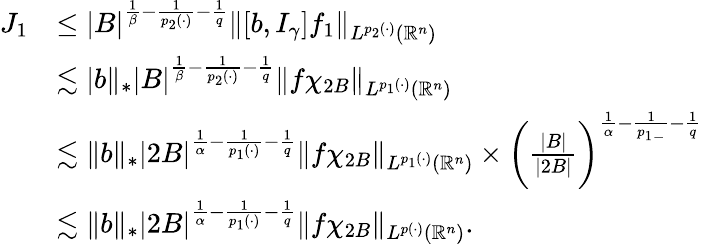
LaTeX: \begin{array}{rl}{J_{1}}&{\leq|B|^{\frac{1}{\beta}-\frac{1}{p_{2}(\cdot)}-\frac{1}{q}}\| [b,I_{\gamma}]f_{1}\| _{L^{p_{2}(\cdot)}(\mathbb{R}^{n})}}\\ &{\lesssim|b\| _{*}|B|^{\frac{1}{\beta}-\frac{1}{p_{2}(\cdot)}-\frac{1}{q}}\| f\chi_{2B}\| _{L^{p_{1}(\cdot)}(\mathbb{R}^{n})}}\\ &{\lesssim\| b\| _{*}|2B|^{\frac{1}{\alpha}-\frac{1}{p_{1}(\cdot)}-\frac{1}{q}}\| f\chi_{2B}\| _{L^{p_{1}(\cdot)}(\mathbb{R}^{n})}\times\bigg(\frac{|B|}{|2B|}\bigg)^{\frac{1}{\alpha}-\frac{1}{{p_{1}}_{-}}-\frac{1}{q}}}\\ &{\lesssim\| b\| _{*}|2B|^{\frac{1}{\alpha}-\frac{1}{p_{1}(\cdot)}-\frac{1}{q}}\| f\chi_{2B}\| _{L^{p(\cdot)}(\mathbb{R}^{n})}.}\end{array}